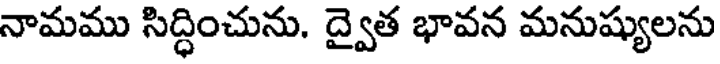
నామము సిద్ధించును. ద్వైత భావన మనుష్యులను